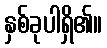
နှစ်ခုပါရှိ၏။